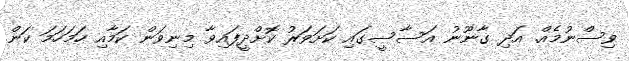
ވިސްނުމެއް. އަދި ގާނޫނު އަސާސީގައި ކަށަވަރު ކޮށްދީފައިވާ މިނިވަން ކަމާއި ހަމަހަމަ ކަން